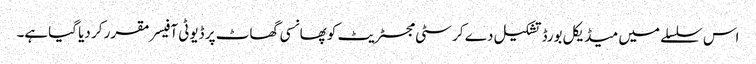
اس سلسلے میں میڈیکل بورڈ تشکیل دے کر سٹی مجسٹریٹ کو پھانسی گھاٹ پر ڈیوٹی آفیسر مقرر کر دیا گیاہے۔